Lunatic asylums Punjab 1911-1921 - 1911-1921
Year: 1911
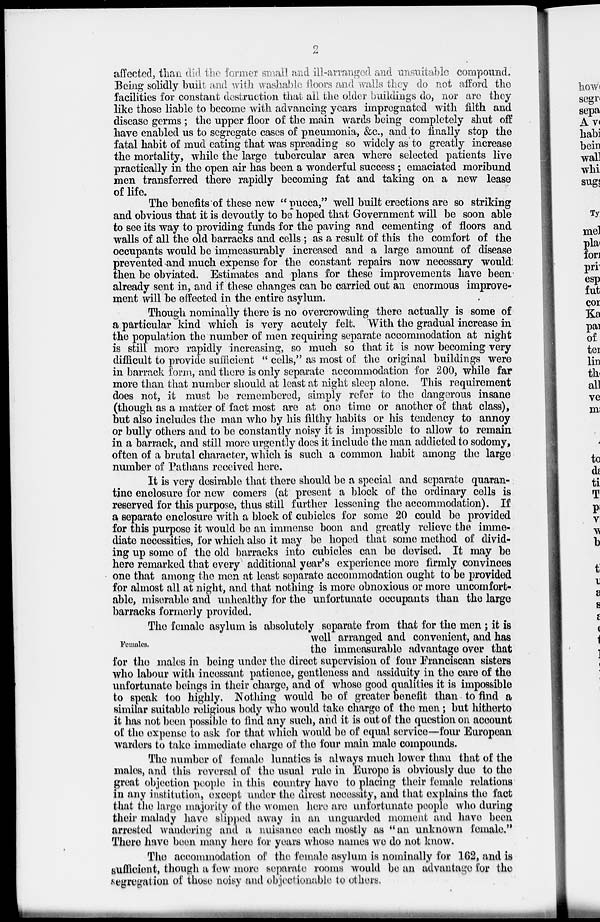
2
affected, than did the former small and ill-arranged and unsuitable compound.
Being solidly built and with washable floors and walls they do not afford the
facilities for constant destruction that all the older buildings do, nor are they
like those liable to become with advancing years impregnated with filth and
disease germs; the upper floor of the main wards being completely shut off
have enabled us to segregate cases of pneumonia, &c., and to finally stop the
fatal habit of mud eating that was spreading so widely as to greatly increase
the mortality, while the large tubercular area where selected patients live
practically in the open air has been a wonderful success; emaciated moribund
men transferred there rapidly becoming fat and taking on a new lease
of life.
The benefits of these new " pucca," well built erections are so striking
and obvious that it is devoutly to be hoped that Government will be soon able
to see its way to providing funds for the paving and cementing of floors and
walls of all the old barracks and cells; as a result of this the comfort of the
occupants would be immeasurably increased and a large amount of disease
prevented and much expense for the constant repairs now necessary would
then be obviated. Estimates and plans for these improvements have been
already sent in, and if these changes can be carried out an enormous improve-
ment will be effected in the entire asylum.
Though nominally there is no overcrowding there actually is some of
a particular kind which is very acutely felt. With the gradual increase in
the population the number of men requiring separate accommodation at night
is still more rapidly increasing, so much so that it is now becoming very
difficult to provide sufficient " cells," as most of the original buildings were
in barrack form, and there is only separate accommodation for 200, while far
more than that number should at least at night sleep alone. This requirement
does not, it must be remembered, simply refer to the dangerous insane
(though as a matter of fact most are at one time or another of that class),
but also includes the man who by his filthy habits or his tendency to annoy
or bully others and to be constantly noisy it is impossible to allow to remain
in a barrack, and still more urgently does it include the man addicted to sodomy,
often of a brutal character, which is such a common habit among the large
number of Pathans received here.
It is very desirable that there should be a special and separate quaran-
tine enclosure for new comers (at present a block of the ordinary cells is
reserved for this purpose, thus still further lessening the accommodation). If
a separate enclosure with a block of cubicles for some 20 could be provided
for this purpose it would be an immense boon and greatly relieve the imme-
diate necessities, for which also it may be hoped that some method of divid-
ing up some of the old barracks into cubicles can be devised. It may be
here remarked that every additional year's experience more firmly convinces
one that among the men at least separate accommodation ought to be provided
for almost all at night, and that nothing is more obnoxious or more uncomfort-
able, miserable and unhealthy for the unfortunate occupants than the large
barracks formerly provided.
Females.
The female asylum is absolutely separate from that for the men; it is
well arranged and convenient, and has
the immeasurable advantage over that
for the males in being under the direct supervision of four Franciscan sisters
who labour with incessant patience, gentleness and assiduity in the care of the
unfortunate beings in their charge, and of whose good qualities it is impossible
to speak too highly. Nothing would be of greater benefit than to find a
similar suitable religious body who would take charge of the men; but hitherto
it has not been possible to find any such, and it is out of the question on account
of the expense to ask for that which would be of equal service—four European
warders to take immediate charge of the four main male compounds.
The number of female lunatics is always much lower than that of the
males, and this reversal of the usual rule in Europe is obviously due to the
great objection people in this country have to placing their female relations
in any institution, except under the direst necessity, and that explains the fact
that the large majority of the women here are unfortunate people who during
their malady have slipped away in an unguarded moment and have been
arrested wandering and a nuisance each mostly as " an unknown female."
There have been many here for years whose names we do not know.
The accommodation of the female asylum is nominally for 162, and is
sufficient, though a few more separate rooms would be an advantage for the
segregation of those noisy and objectionable to others.